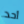
أحد